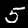
Label: 5